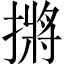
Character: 摪